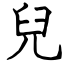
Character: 兒